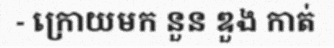
- ក្រោយមក នួន ឌួង កាត់